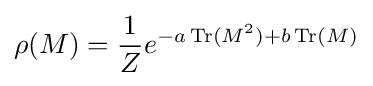
\rho (M)={\frac {1}{Z}}e^{-a\operatorname {Tr} (M^{2})+b\operatorname {Tr} (M)}